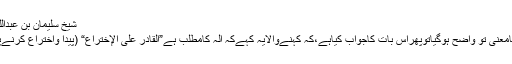
شیخ سلیمان بن عبداللہ کتاب التوحیدکی شرح میں فرماتےہیں:
اگریہ کہاجائےکہ ”الإله “اور ”الإلهية“،کامعنی تو واضح ہوگیاتوپھراس بات کاجواب کیاہے،کہ کہنےوالایہ کہےکہ الہ کامطلب ہے”القادر على الإختراع“ (پیدا واختراع کرنےپرقادر) یا اس جیسی کوئی عبارت کہے؟